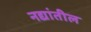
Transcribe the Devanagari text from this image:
नद्यांतील